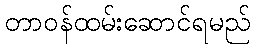
တာဝန်ထမ်းဆောင်ရမည်